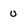
Character: 0